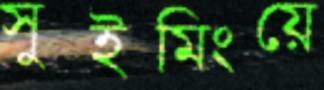
সুইমিংয়ে